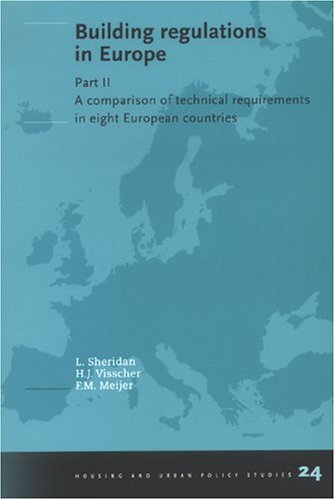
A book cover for Building regulations in Europe:  Part II - A comparison of technical requirements in eight European countries; L. Sheridan; Law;